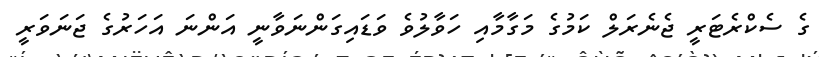
ގެ ސެކްރެޓަރީ ޖެނެރަލް ކަމުގެ މަގާމާއި ހަވާލުވެ ވަޑައިގަންނަވާނީ އަންނަ އަހަރުގެ ޖަނަވަރީ